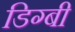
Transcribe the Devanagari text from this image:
डिग्‍बी